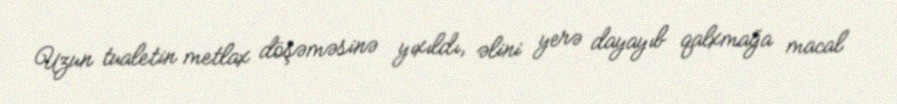
Uzun tualetin metlax döşəməsinə yıxıldı, əlini yerə dayayıb qalxmağa macal